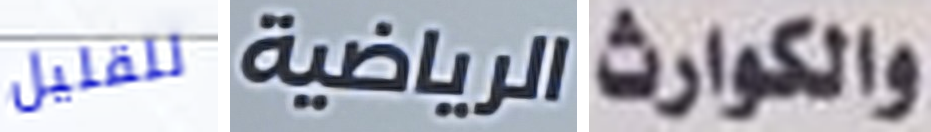
للقليل الرياضية والكوارث